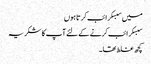
میں سبسکرائب کرتا ہوں
سبسکرائب کرنے کے لئے آپ کا شکریہ
کچھ غلط تھا۔